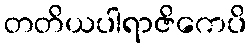
တတိယပါရာဇိကေပိ